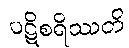
ပဋိစရိဿတိ